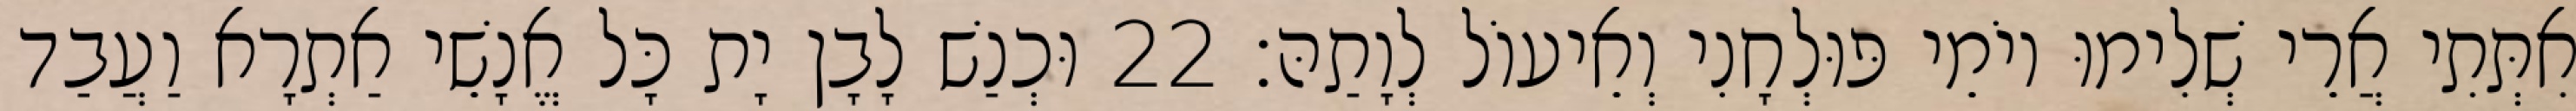
אִתְּתִי אֲרֵי שְׁלִימוּ יוֹמֵי פּוּלְחָנִי וְאֵיעוֹל לְוָתַהּ׃ 22 וּכְנַשׁ לָבָן יָת כָּל אֱנָשֵׁי אַתְרָא וַעֲבַד